Medical and sanitary report of the native army of Bengal for the year
Year: 1875
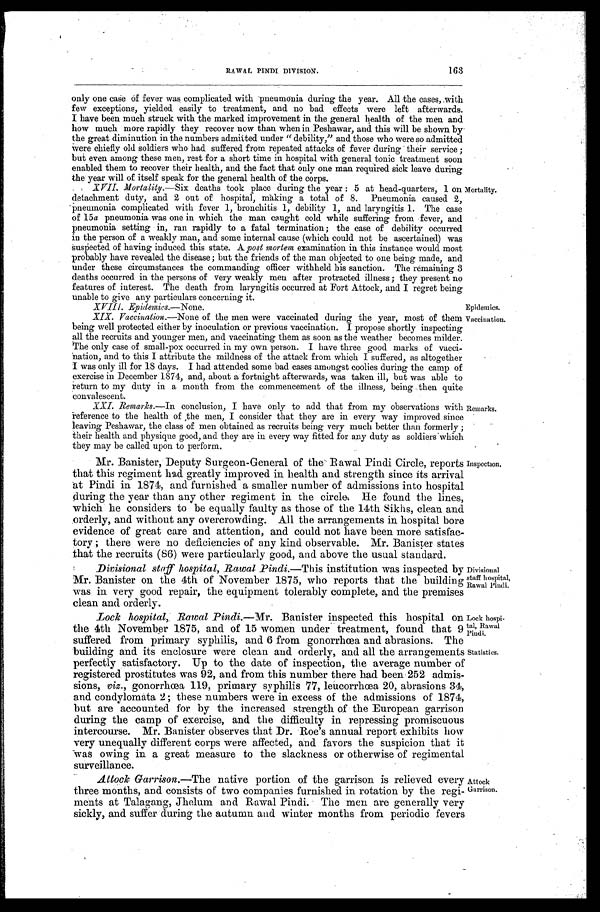
Mortality.
Epidemics.
Vaccination.
Remarks.
Inspection.
Divisional
staff hospital,
Rawal Pindi.
Lock hospi
- t a l , R a w a l Pindi.
Statistics.
Attock
Garrison.
RAWAL PINDI DIVISION.
163
only one case of fever was complicated with pneumonia during the year. All the cases, with
few exceptions, yielded easily to treatment, and no bad effects were left afterwards.
I have been much struck with the marked improvement in the general health of the men and
how much more rapidly they recover now than when in Peshawar, and this will be shown by
the great diminution in the numbers admitted under "debility," and those who were so admitted
Were chiefly old soldiers who had suffered from repeated attacks of fever during their service;
but even among these men, rest for a short time in hospital with general tonic treatment soon
enabled them to recover their health, and the fact that only one man required sick leave during
the year will of itself speak for the general health of the corps.
detachment duty, and 2 out of hospital, making a total of 8. Pneumonia caused 2,
-pneumonia complicated with fever 1, bronchitis 1, debility 1, and laryngitis 1. The case
of 15a pneumonia was one in which the man caught cold while suffering from fever, and
pneumonia setting in, ran rapidly to a fatal termination; the case of debility occurred
in the person of a weakly man and some internal cause (which could not be ascertained) was
suspectedof having induced this state. A post mortem examination in this instance would most
probably have revealed the disease; but the friends of the man objected to one being made, and
under these circumstances the commanding officer withheld his sanction. The remaining 3
deaths occurred in the persons of very weakly men after protracted illness; they present no
features of interest. The death from laryngitis occurred at Fort Attock, and I regret being
unable to give any particulars concerning it.
.
being well protected either by inoculation or previous vaccination. I propose shortly inspecting
all the recruits and younger men, and vaccinating them as soon as the weather becomes milder.
The only case of small-pox occurred in my own person. I have three good marks of vacci
I was only ill for is days. I had. attended some bad cases amongst coolies during the camp of
exercise in December 1874, and, about a fortnight afterwards, was taken ill, but was able to
return to my duty in a month from the commencement of the illness, being then quite
convalescent.
XXI. Remarks.—In conclusion, I have only to add that from my observations with
- reference to the health of ,the men, I consider that they are in every way improved since
leaving Peshawar, the class of men obtained as recruits being very much better than formerly;
their health and physique good, and they are in every way fitted for any duty as soldiers which
they may be called upon to perform.
Mr. Banister, Deputy Surgeon-General of the Rawal Pindi Circle, reports
that this regiment had greatly improved in health and strength since its arrival
at Pindi in 1874, and furnished a smaller number of admissions into hospital
during the year than any other regiment in the circles He found the lines,
which he considers to be equally faulty as those of the 14th Sikhs, clean and
orderly, and without any overcrowding. All the arrangements in hospital bore
evidence of great care and attention, and could not have been more satisfac
- t o r y ; t h e r e w e r e n o d e f i c i e n c i e s o f a n y k i n d o b s e r v a b l e . M r . B a n i s t e r s t a t e s
that the recruits (86) were particularly good, and above the usual standard.
Divisional staff hospital, Rawal Pindi. —This institution was inspected by
Mr. Banister on the 4th of November 1875, who reports that the building
was in very good repair, the equipment tolerably complete, and the premises
clean and orderly.
Lock hospital,: Rawal Pindi.—Mr. Banister inspected this hospital on
the 4th November 1875, and of 15 women under treatment, found that 9
suffered from primary syphilis, and 6 from gonorrhœa and abrasions. The
building and its enclosure were clean and orderly, and all the arrangements
perfectly satisfactory. Up to the date of inspection, the average number of
registered prostitutes was 92, and. from this number there had been 252 admis
- s i o n s ,
v i z . ,
g o n o r r h œ a 1 1 9 , p r i m a r y s y p h i l i s 7 7 , l e u c o r r h œ a 2 0 , a b r a s i o n s 3 4 ,
and condylomata 2; these numbers were in excess of the admissions of 1874,
but are accounted for by the increased strength of the European garrison
during the camp of exercise, and the difficulty in repressing promiscuous
intercourse. Mr. Banister observes that Dr. Roe's annual report exhibits how
very unequally different corps were affected, and favors the suspicion that it
-was owing in a great measure to the slackness or otherwise of regimental
surveillance.
Attock Garrison. —The native portion of the garrison is relieved every
three months, and consists or two companies furnished in rotation by the regi
- m e n t s a t T a l a g a n g , J h e l u m a n d R a w a l P i n d i . T h e m e n a r e g e n e r a l l y v e r y
sickly, and suffer during the autumn and .winter months from periodic fevers